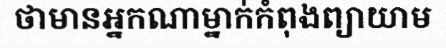
ថាមានអ្នកណាម្នាក់កំពុងព្យាយាម